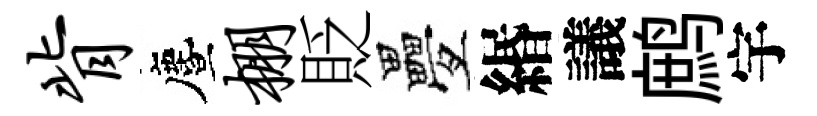
背󵨌棚貶疊緡議鹧宇